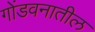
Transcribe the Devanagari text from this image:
गोंडवनातील